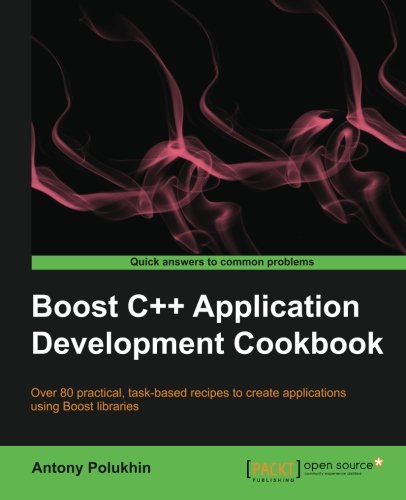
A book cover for Boost C++ Application Development Cookbook; Antony Polukhin; Computers & Technology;